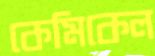
কেমিকেল